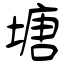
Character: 塘